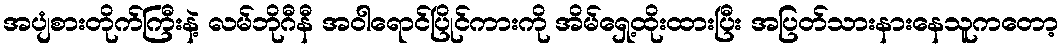
အပျံစားတိုက်ကြီးနဲ့ လမ်ဘိုဂီနီ အဝါရောင်ပြိုင်ကားကို အိမ်ရှေ့ထိုးထားပြီး အပြတ်သားနားနေသူကတော့